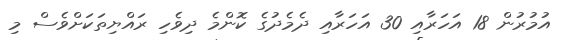
އުމުރުން 18 އަހަރާއި 30 އަހަރާއި ދެމެދުގެ ކޮންމެ ދިވެހި ރައްޔިތަކަށްވެސް މި